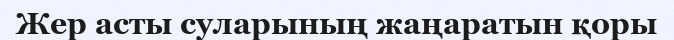
Жер асты суларының жаңаратын қоры